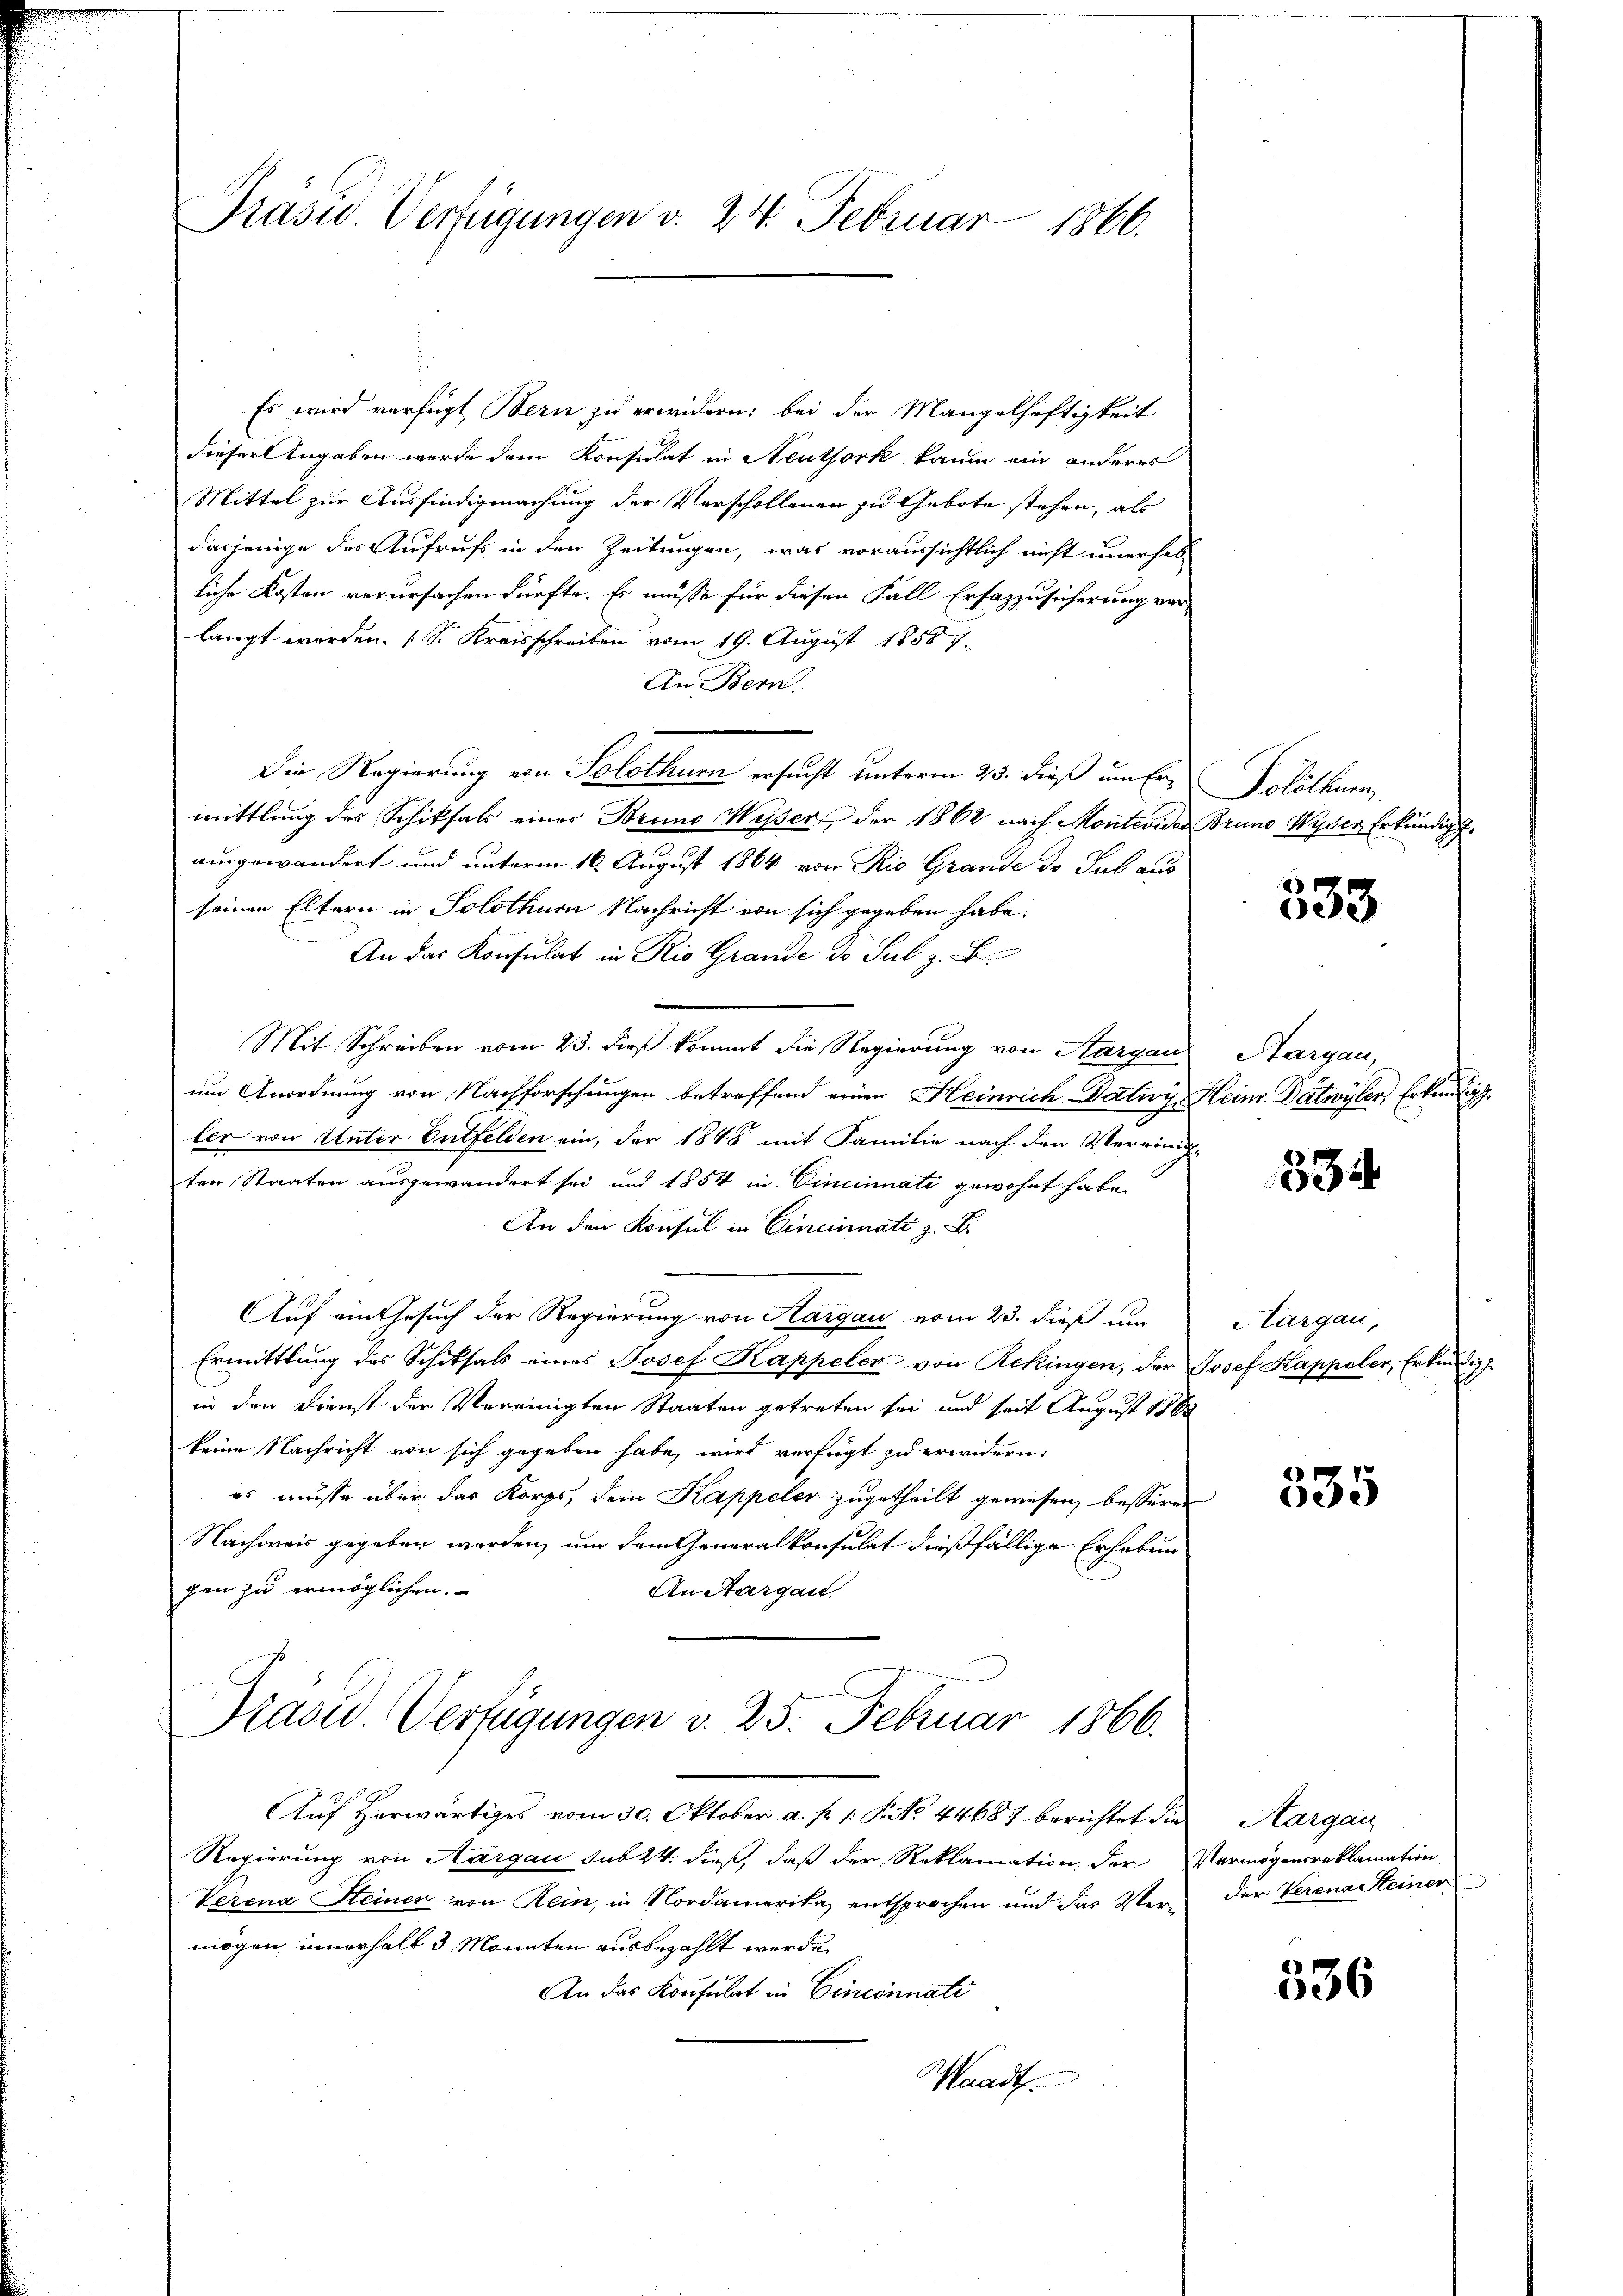
Prasid. Verfügungen v. 24. Februar 1866.

Es wird verfügt Bern zu erwidern: bei der Mangelhaftigkeit
dieser Angaben werde dem Konsulat in Neuthork kaum ein anderes
Mittel zur Ausfindigmachung der Verschollenen zu Gebote stehen, als
dasjenige des Aufrufs in den Zeitungen, was voraussichtlich nicht unerheb-
liche Kosten verursachen dürfte. Es müsse für diesen Fall Erfazzusicherung verlangt werden. [S. Kreisschreiben vom 19. August 1858 7.
An Bern.
Die Regierung von Solothur ersucht unterm 23. dieß um Ermittlung des Schiksals einer Bruno Weser der 1862 nach Monteviden Bruno Wyder Erkundig
ausgewandert und unterm 16. August 1864 von Rio Grande dr Sub aus
seinen Eltern in Solothur Nachricht von sich gegeben habe.
An das Konsulat in Rio Grande de Sub z. B.
Mit Schreiben vom 23. dieß kommt die Regierung von Aargau, Aargau,
um Anordnung von Nachforschungen betreffend einen Heinrich Datwy, Heinr. Datwyler, Erkundig
ler von Unter Entfelden ein, der 1848 mit Familie nach den Vereinige
ten Staaten ausgewandert sei und 1854 in Cincinati gewohnt habe.
An den Konsul in Cincinnati z. B.
Auf ein Gesuch der Regierung von Hargau vom 23. dieß um
Ermittlung des Schiksals eines Josef Kappeler von Rekingen, der Josef Kappeler, Erkundig
in den Dienst der Vereinigten Staaten getreten sei und seit August 186
keine Nachricht von sich gegeben habe, wird verfügt zu erwidern:
es müsse über das Korps, dem Kappeler zugetheilt gewesen, besseren
Nachweis gegeben worden, um dem Generalkonsulat dießfällige Erhebungen zu ermöglichen.
An Aargau.
Prasid. Verfügungen v. 25. Februar 1866.
Auf herwärtiges vom 30. Oktober a. p. 1. P. No. 4468) berichtet die
Regierung von Aargau sub 24. dieß, daß der Reklamation der Vermögensreklamation
Verena Steiner von Rein, in Nordamerika, entsprochen und das Vermögen innerhalb 3 Monaten ausbezahlt werde.
An das Konsulat in Cincinnate
Waad

Solothurn,

8
003

534

Aargau,

g
e

Aargau
der Verena einer

336